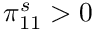
\pi _ { 1 1 } ^ { s } > 0